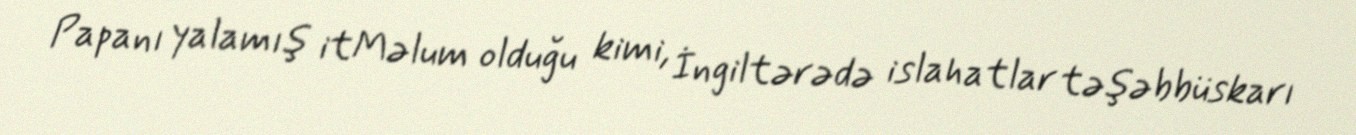
Papanı yalamış itMəlum olduğu kimi, İngiltərədə islahatlar təşəbbüskarı